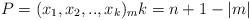
LaTeX: \begin{align*}P=(x_{1},x_{2},..,x_{k})_{m}k=n+1-\left\vert m\right\vert \end{align*}